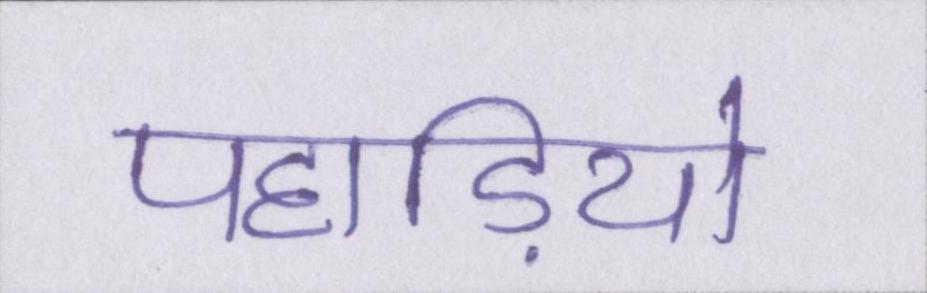
पहाड़ियो